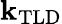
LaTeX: \mathbf{k}_{\mathrm{{TLD}}}